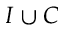
I \cup C